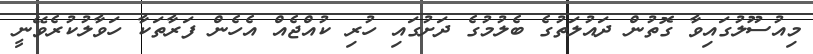
މިއުސޫލުގައިވާ ގޮތުން ދައުލަތުގެ ބެލުމުގެ ދަށުގައި ހުރި ކުއްޖެއް އެހެން ފަރާތަކާ ހަވާލުކުރެވޭނީ